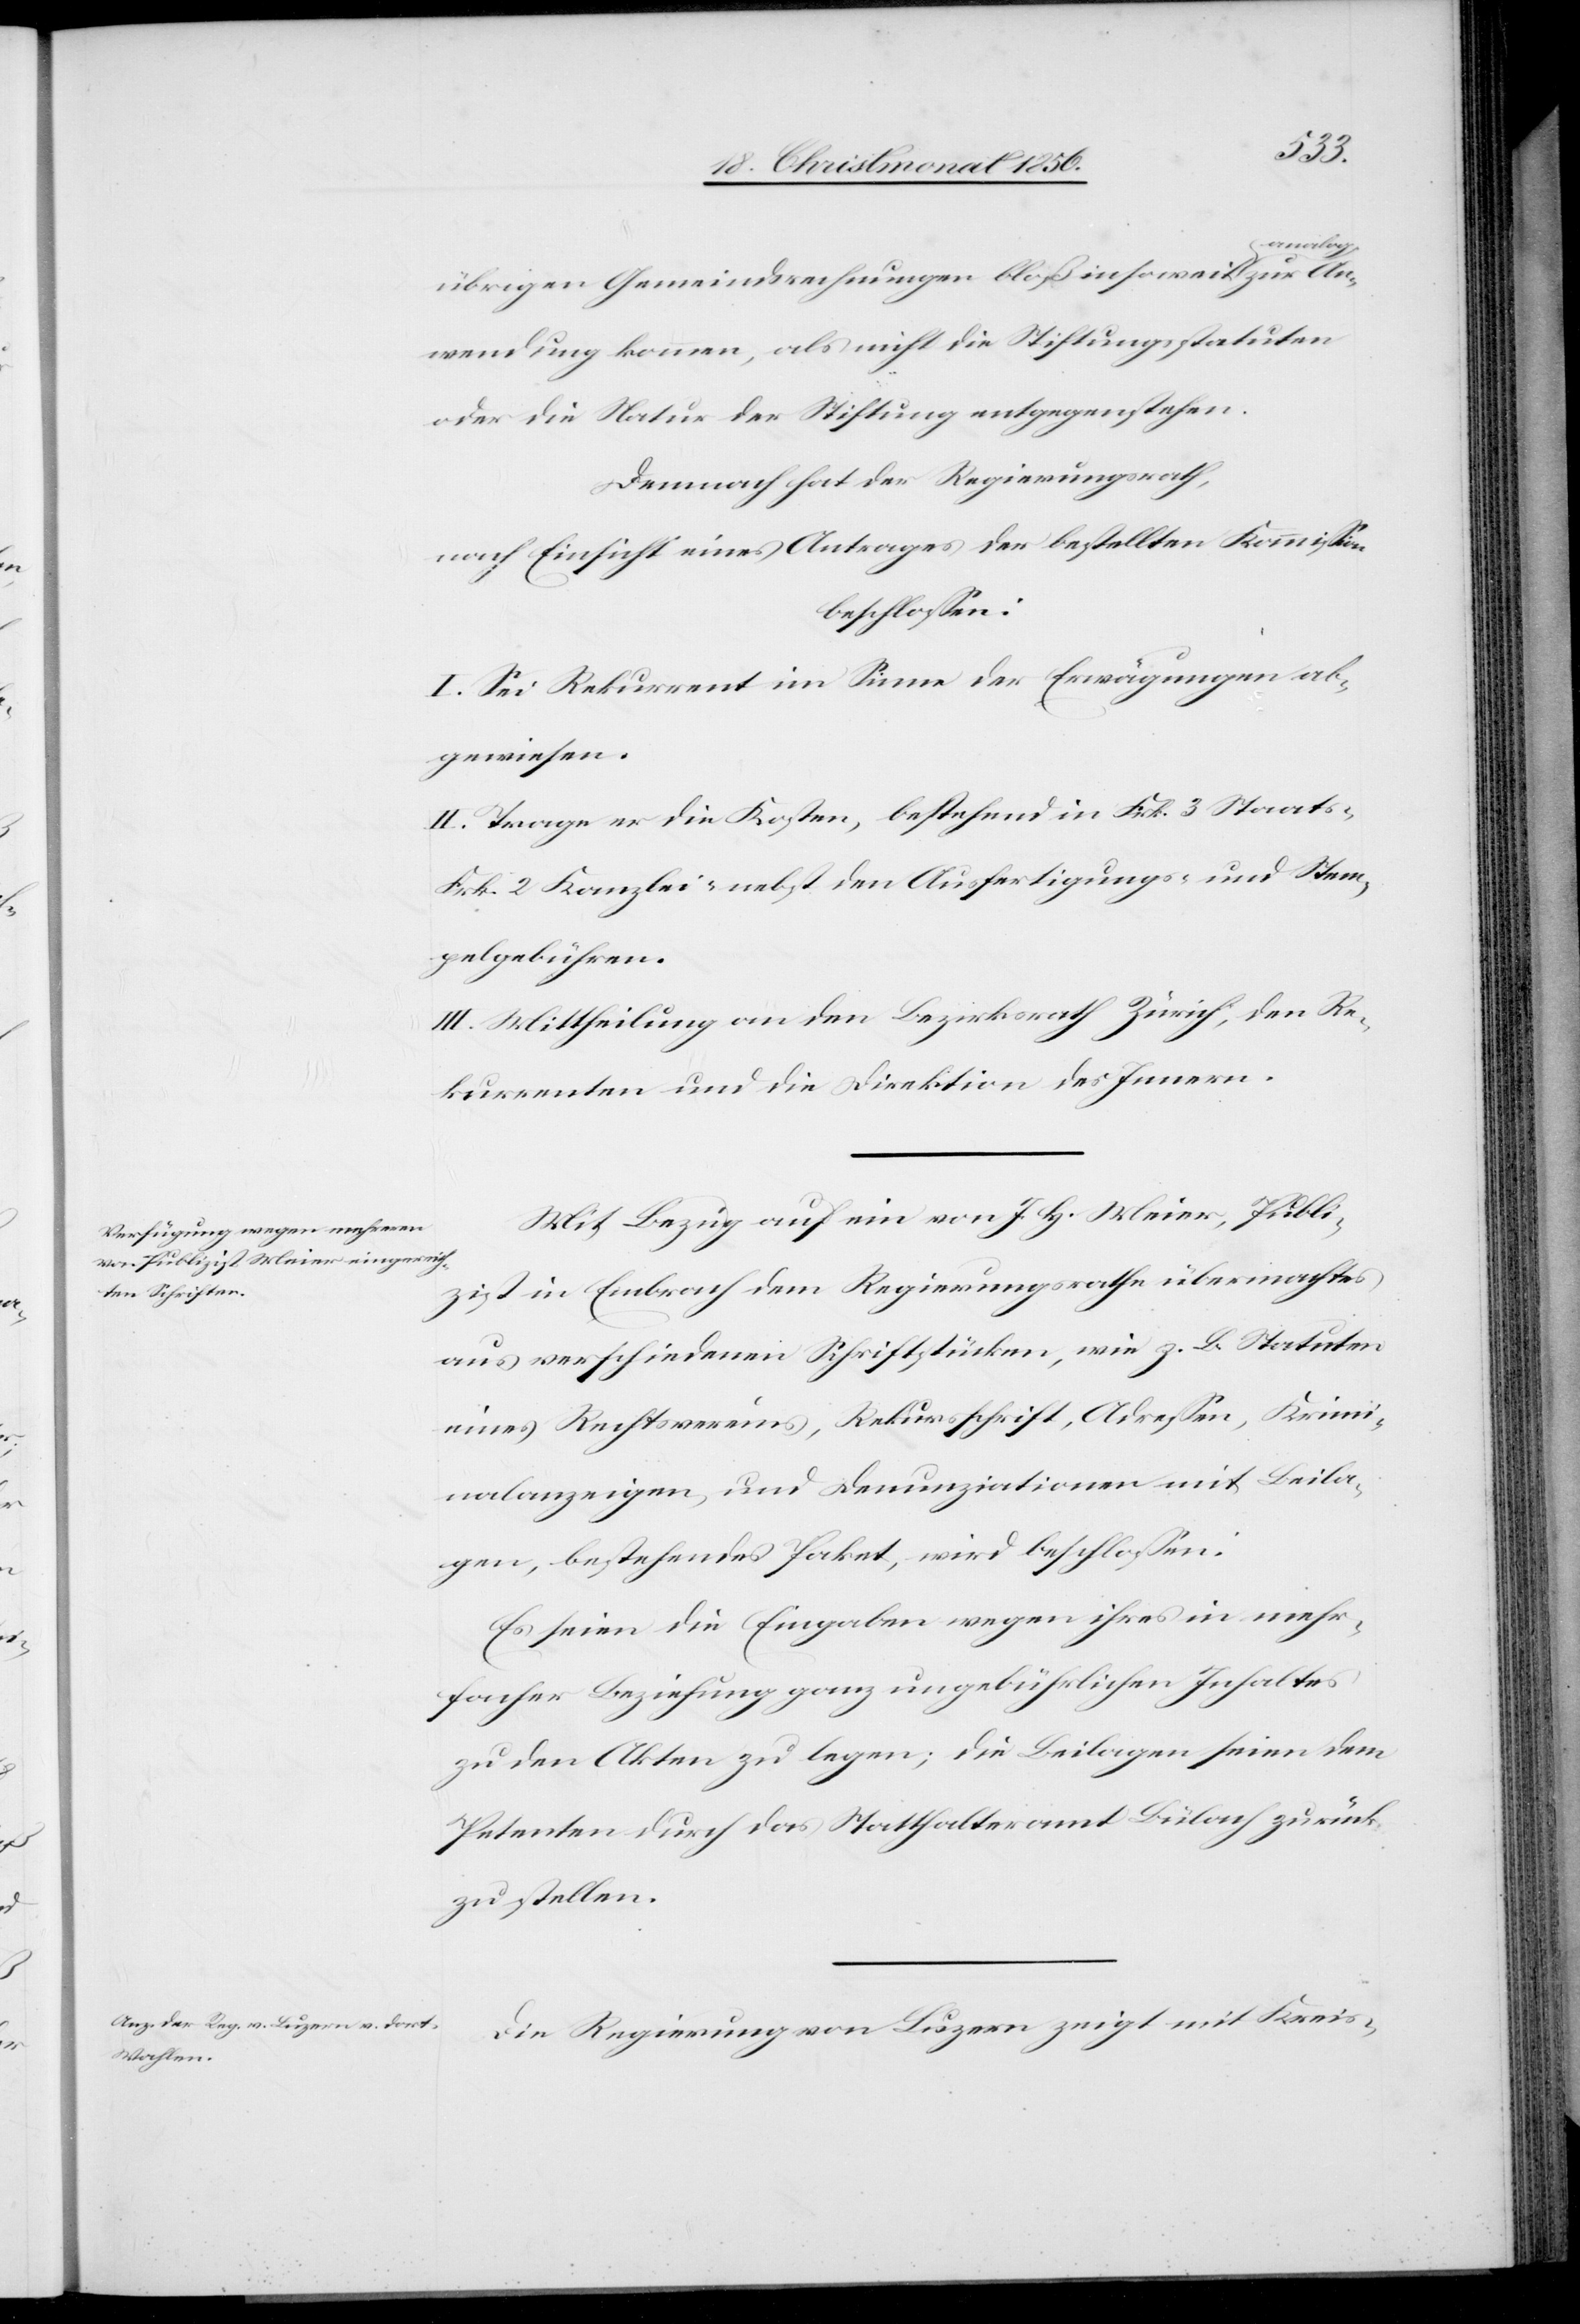
zur An¬
übrigen Gemeindsrechnungen bloß insoweit a-an¬
wendung kommen, als nicht die Stiftungsstatuten
oder die Natur der Stiftung entgegenstehen.
Demnach hat der Regierungsrath,
nach Einsicht eines Antrages der bestellten Kommission
beschlossen:
I. Sei Rekurrent im Sinne der Erwägungen ab¬
gewiesen.
II. Trage er die Kosten, bestehend in Frk. 3 Staats-[,]
Frk. 2 Kanzlei- nebst den Ausfertigungs- und Stem¬
pelgebühren.
III. Mittheilung an den Bezirksrath Zürich, den Re¬
kurrenten und die Direktion des Innern.
Mit Bezug auf ein von J. H. Meier, Publi¬
zist in Embrach dem Regierungsrathe übermachtes
aus verschiedenen Schriftstücken, wie z. B. Statuten
eines Rechtsvereins, Rekursschrift, Adressen, Krimi¬
nalanzeigen, und Denunziationen mit Beila¬
gen, bestehendes Paket, wird beschlossen:
Es seien die Eingaben wegen ihres in mehr¬
facher Beziehung ganz ungebührlichen Inhaltes
zu dem Akten zu legen; die Beilagen seien dem
Petenten durch das Statthalteramt Bülach zurück¬
zustellen.
Die Regierung von Luzern zeigt mit Kreis-